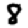
Digit: 8